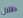
طلال